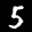
Label: 5